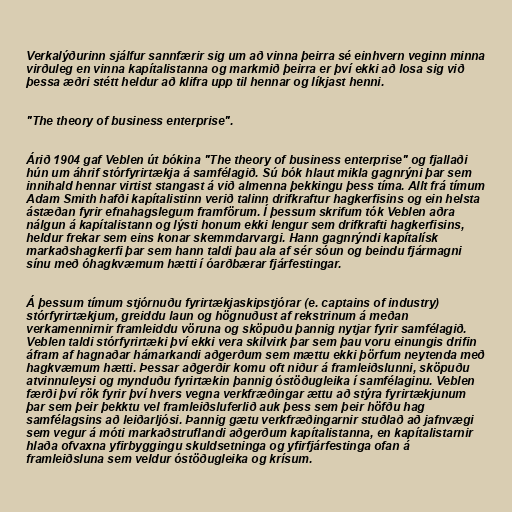
Verkalýðurinn sjálfur sannfærir sig um að vinna þeirra sé einhvern veginn minna
virðuleg en vinna kapítalistanna og markmið þeirra er því ekki að losa sig við
þessa æðri stétt heldur að klifra upp til hennar og líkjast henni.

"The theory of business enterprise".

Árið 1904 gaf Veblen út bókina "The theory of business enterprise" og fjallaði
hún um áhrif stórfyrirtækja á samfélagið. Sú bók hlaut mikla gagnrýni þar sem
innihald hennar virtist stangast á við almenna þekkingu þess tíma. Allt frá tímum
Adam Smith hafði kapítalistinn verið talinn drifkraftur hagkerfisins og ein helsta
ástæðan fyrir efnahagslegum framförum. Í þessum skrifum tók Veblen aðra
nálgun á kapítalistann og lýsti honum ekki lengur sem drifkrafti hagkerfisins,
heldur frekar sem eins konar skemmdarvargi. Hann gagnrýndi kapítalísk
markaðshagkerfi þar sem hann taldi þau ala af sér sóun og beindu fjármagni
sínu með óhagkvæmum hætti í óarðbærar fjárfestingar.

Á þessum tímum stjórnuðu fyrirtækjaskipstjórar (e. captains of industry)
stórfyrirtækjum, greiddu laun og högnuðust af rekstrinum á meðan
verkamennirnir framleiddu vöruna og sköpuðu þannig nytjar fyrir samfélagið.
Veblen taldi stórfyrirtæki því ekki vera skilvirk þar sem þau voru einungis drifin
áfram af hagnaðar hámarkandi aðgerðum sem mættu ekki þörfum neytenda með
hagkvæmum hætti. Þessar aðgerðir komu oft niður á framleiðslunni, sköpuðu
atvinnuleysi og mynduðu fyrirtækin þannig óstöðugleika í samfélaginu. Veblen
færði því rök fyrir því hvers vegna verkfræðingar ættu að stýra fyrirtækjunum
þar sem þeir þekktu vel framleiðsluferlið auk þess sem þeir höfðu hag
samfélagsins að leiðarljósi. Þannig gætu verkfræðingarnir stuðlað að jafnvægi
sem vegur á móti markaðstruflandi aðgerðum kapítalistanna, en kapítalistarnir
hlaða ofvaxna yfirbyggingu skuldsetninga og yfirfjárfestinga ofan á
framleiðsluna sem veldur óstöðugleika og krísum.